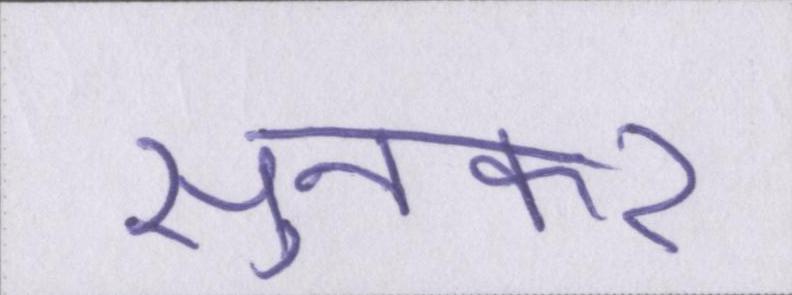
सुनकर